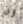
انه